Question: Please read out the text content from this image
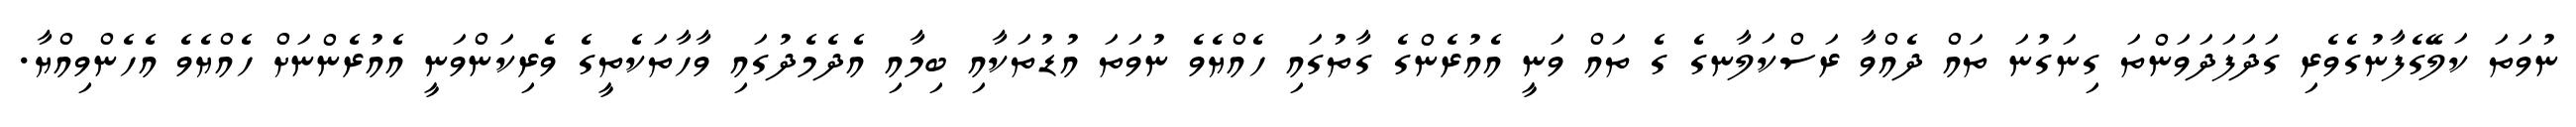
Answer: ނުވަތަ ކަލޭގެފާނުގެވެރި ގަދަފަދަވަންތަ ގިނަގުނަ ތައް ދެއްވާ ރަސްކަލާނގެ ގެ ތައް ވަނީ އެއުރެންގެ ގާތުގައި ހެއްޔެވެ ނުވަތަ އުޑުތަކާއި ބިމާއި އެދެމެދުގައި ވާހާތަކެތީގެ ވެރިކަންވަނީ އެއުރެންނަށް ހެއްޔެވެ އެހެންވިއްޔާ.